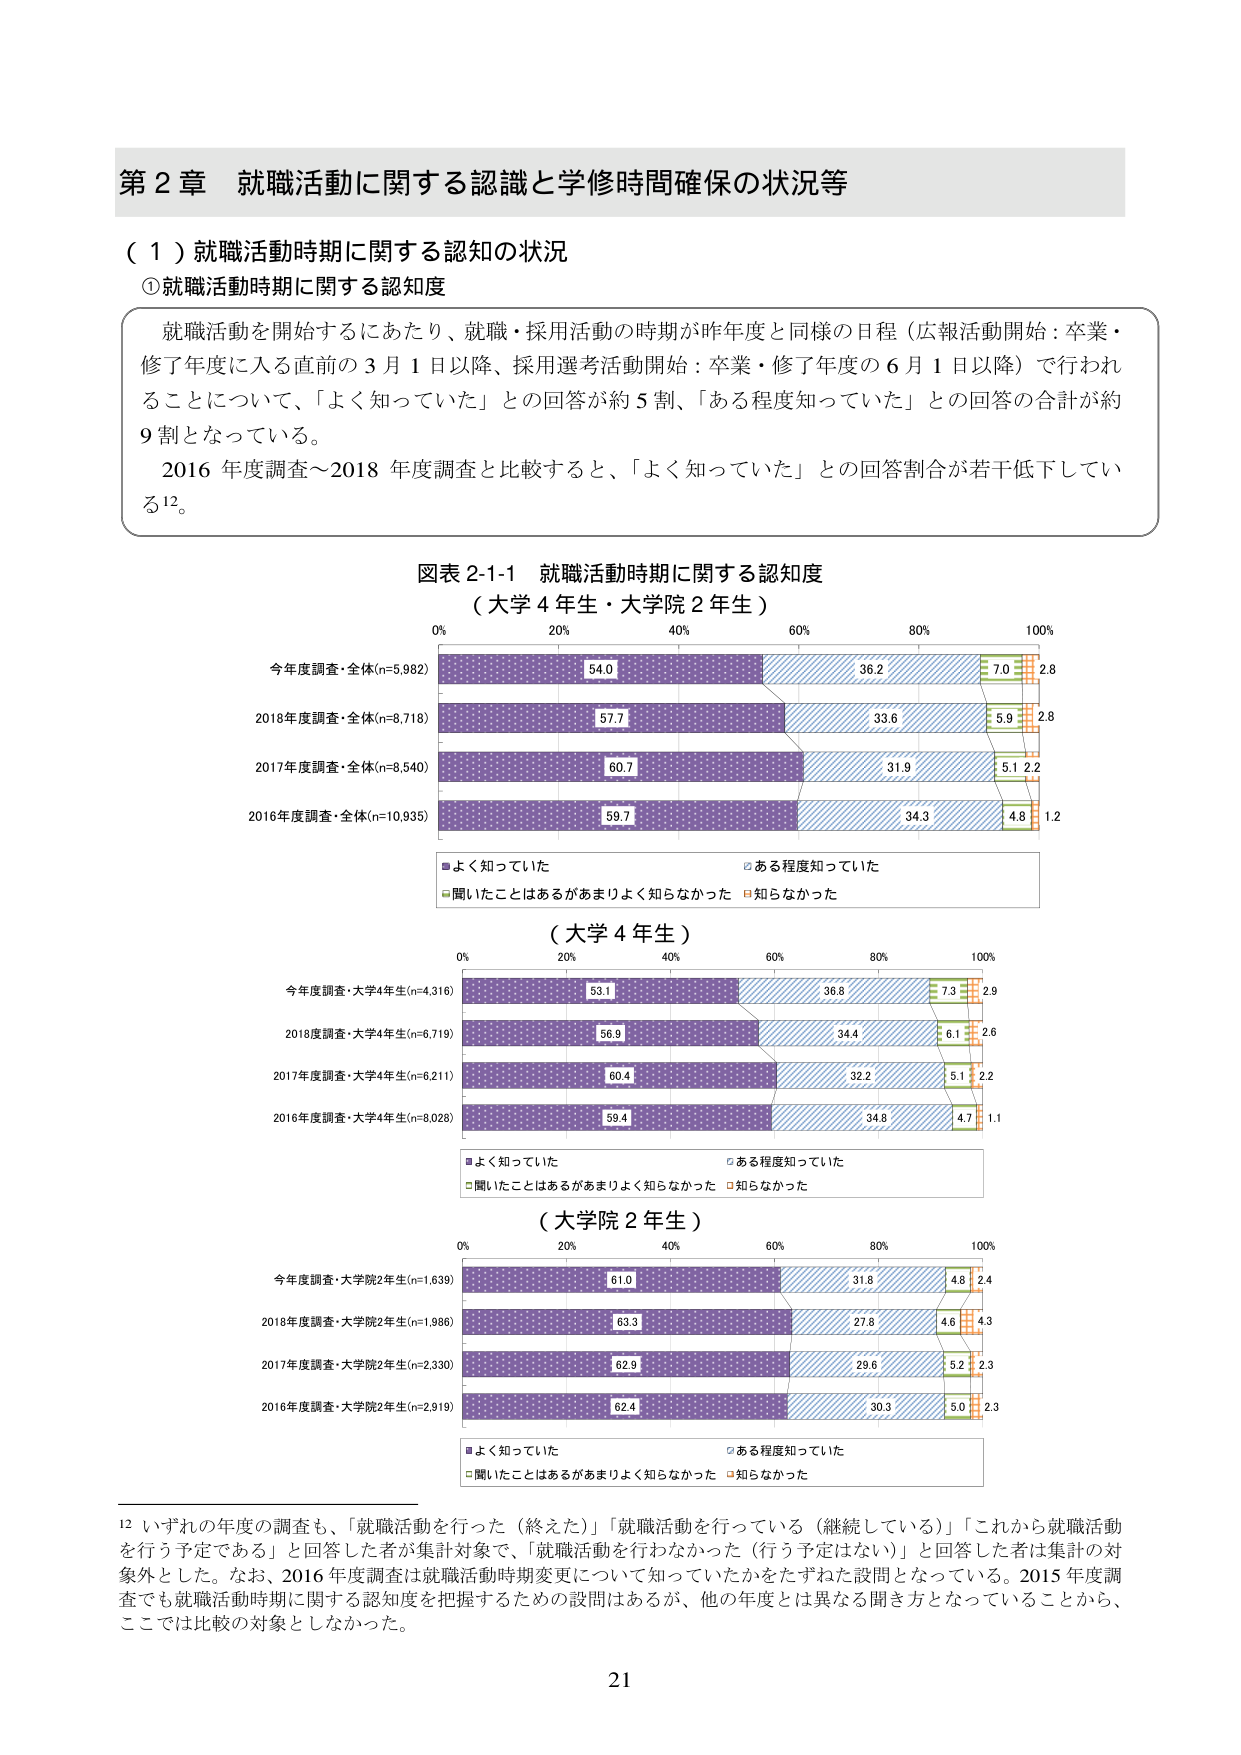
第２章 就職活動に関する認識と学修時間確保の状況等

（１）就職活動時期に関する認知の状況

①就職活動時期に関する認知度

就職活動を開始するにあたり、就職・採用活動の時期が昨年度と同様の日程（広報活動開始：卒業・修了年度に入る直前の３月１日以降、採用選考活動開始：卒業・修了年度の６月１日以降）で行われることについて、「よく知っていた」との回答が約５割、「ある程度知っていた」との回答の合計が約９割となっている。

2016年度調査～2018年度調査と比較すると、「よく知っていた」との回答割合が若干低下している¹²。

図表２-1-1 就職活動時期に関する認知度
（大学４年生・大学院２年生）

0% 20% 40% 60% 80% 100%

今年度調査・全体(n=5,982) 54.0 36.2 7.0 2.8
2018年度調査・全体(n=8,718) 57.7 33.6 5.9 2.8
2017年度調査・全体(n=8,540) 60.7 31.9 5.1 2.2
2016年度調査・全体(n=10,935) 59.7 34.3 4.8 1.2

■よく知っていた □ある程度知っていた
■聞いたことはあるがあまりよく知らなかった □知らなかった

（大学４年生）

0% 20% 40% 60% 80% 100%

今年度調査・大学4年生(n=4,316) 53.1 36.8 7.3 2.9
2018年度調査・大学4年生(n=6,719) 56.9 34.4 6.1 2.6
2017年度調査・大学4年生(n=6,211) 60.4 32.2 5.1 2.2
2016年度調査・大学4年生(n=8,026) 59.4 34.8 4.7 1.1

■よく知っていた □ある程度知っていた
■聞いたことはあるがあまりよく知らなかった □知らなかった

（大学院２年生）

0% 20% 40% 60% 80% 100%

今年度調査・大学院2年生(n=1,639) 61.0 31.8 4.8 2.4
2018年度調査・大学院2年生(n=1,986) 63.3 27.8 4.6 4.3
2017年度調査・大学院2年生(n=2,330) 62.9 29.6 5.2 2.3
2016年度調査・大学院2年生(n=2,919) 62.4 30.3 5.0 2.3

■よく知っていた □ある程度知っていた
■聞いたことはあるがあまりよく知らなかった □知らなかった

¹² いずれの年度の調査も、「就職活動を行った（終えた）」「就職活動を行っている（継続している）」「これから就職活動を行う予定である」と回答した者が集計対象で、「就職活動を行わなかった（行う予定はない）」と回答した者は集計の対象外とした。なお、2016年度調査は就職活動時期変更について知っていたかをたずねた設問となっている。2015年度調査でも就職活動時期に関する認知度を把握するための設問はあるが、他の年度とは異なる聞き方となっていることから、ここでは比較の対象としなかった。

21